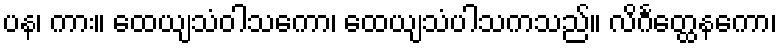
ပန၊ ကား။ ထေယျသံဝါသကော၊ ထေယျသံပါသကသည်။ လိင်္ဂတ္ထေနကော၊